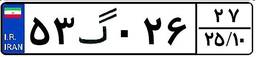
۵۳گ۰۲۶۲۷